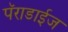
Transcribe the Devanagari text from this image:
पॅराडाईज